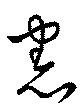
憲